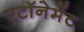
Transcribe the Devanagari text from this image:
एटॉनेमेंट